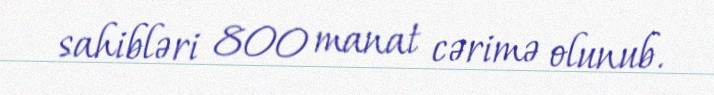
sahibləri 800 manat cərimə olunub.